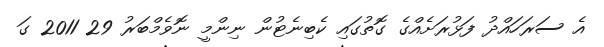
އެ ސަރަހައްދު ފަޅުރަށެއްގެ ގޮތުގައި ކެބިނެޓުން ނިންމީ ނޮވެމްބަރު 29 2011 ގަ